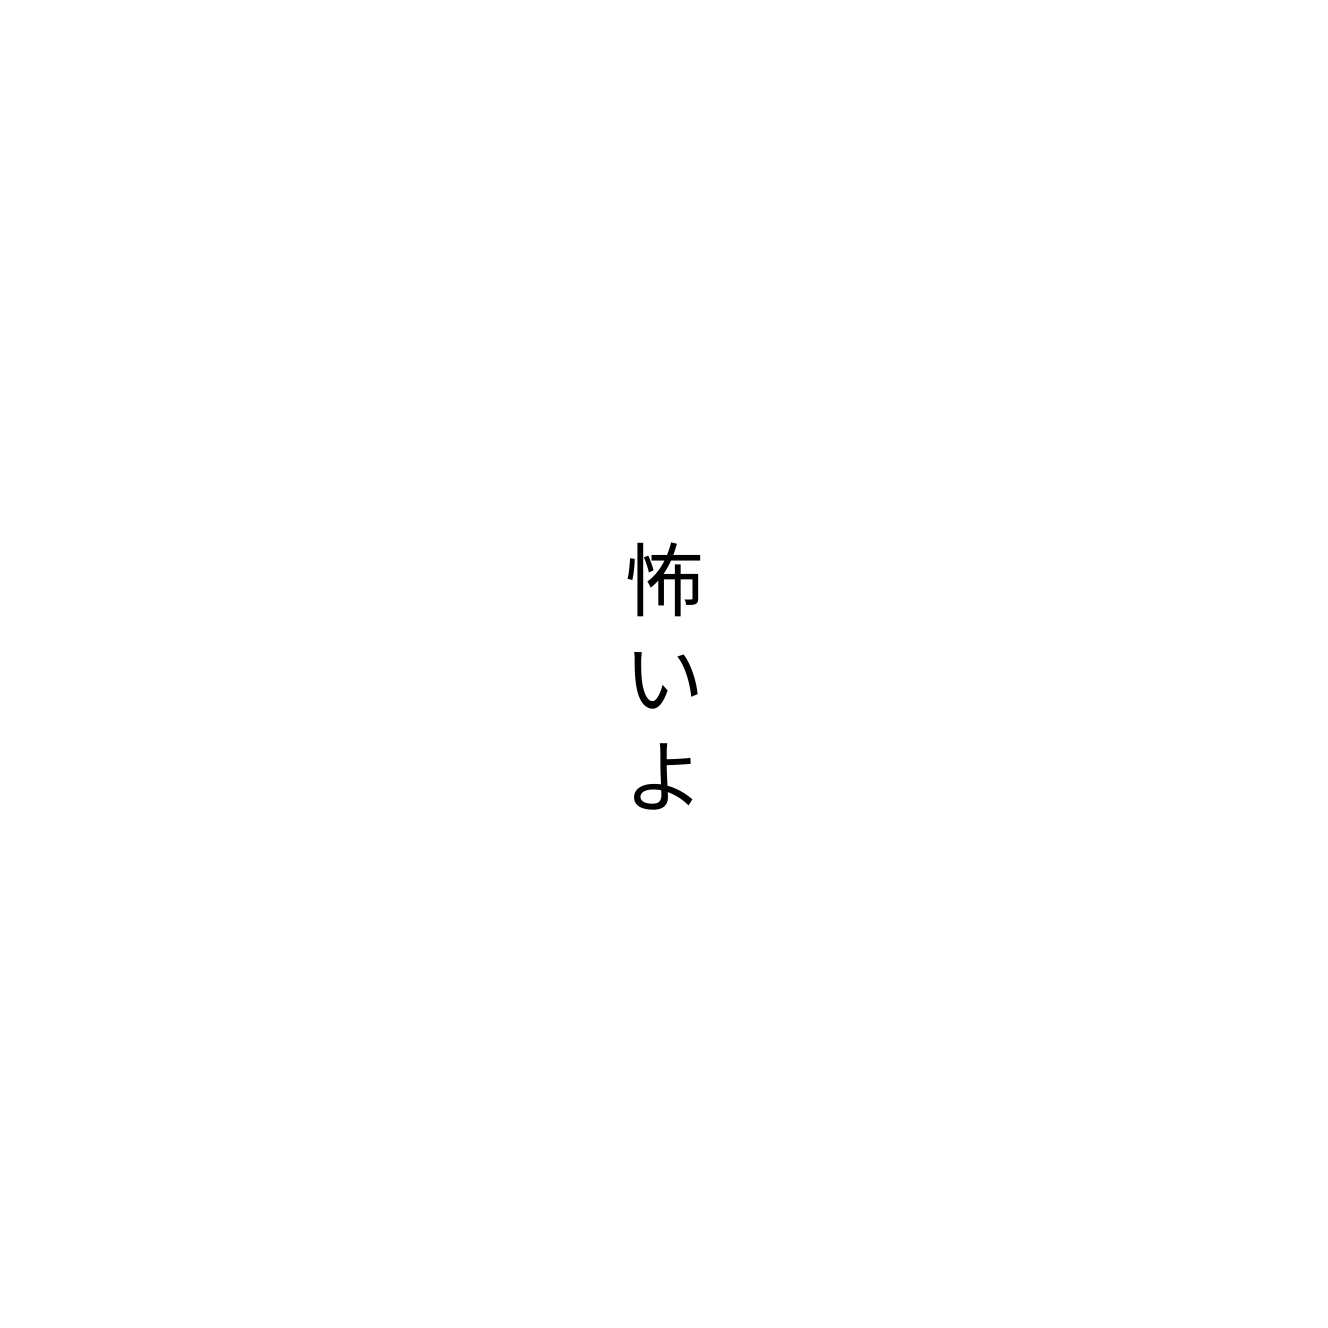
怖いよ